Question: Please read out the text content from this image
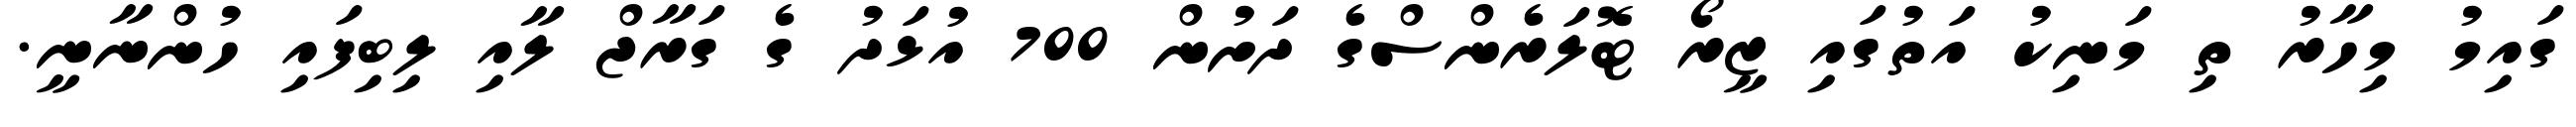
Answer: ގައިމު މިހާރު ތި މަނިކު އަތުގައި ޒީރޯ ޓޮލަރެންސްގެ ދަށުން 700 އުޅަދު ގެ ގަރާޖް ލާއި ލިބިފައި ހުންނާނީ.